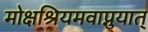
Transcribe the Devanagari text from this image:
मोक्षश्रियमवाप्नुयात्